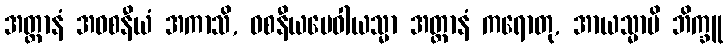
အတ္တာနံ အဝစနီယံ အကာသိ, ဝစနီယမေဝါယသ္မာ အတ္တာနံ ကရောတု, အာယသ္မာပိ ဘိက္ခူ